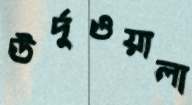
উর্দুওয়ালা